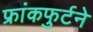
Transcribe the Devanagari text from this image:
फ्रांकफुर्टने